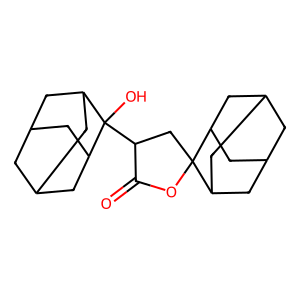
SMILES: O=C1OC2(CC1C1(O)C3CC4CC(C3)CC1C4)C1CC3CC(C1)CC2C3
Inhibits HIV replication: No